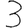
Digit: 3